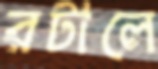
রটালে